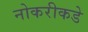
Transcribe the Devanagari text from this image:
नोकरीकडे